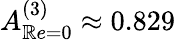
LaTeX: A_{\mathbb{R}e=0}^{(3)}\approx0.829